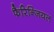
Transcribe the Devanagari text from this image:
फैरिन्जियल